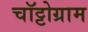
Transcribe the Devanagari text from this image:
चॉट्टोग्राम